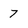
Character: 7